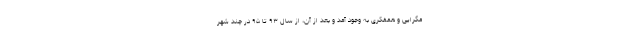
مگرایی و همفکری به وجود آمد و بعد از آن، از سال ۹۳ تا ۹۵ در چند شهر